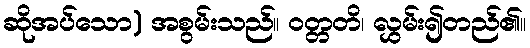
ဆိုအပ်သော) အစွမ်းသည်။ ဝတ္တတိ၊ လွှမ်း၍တည်၏။